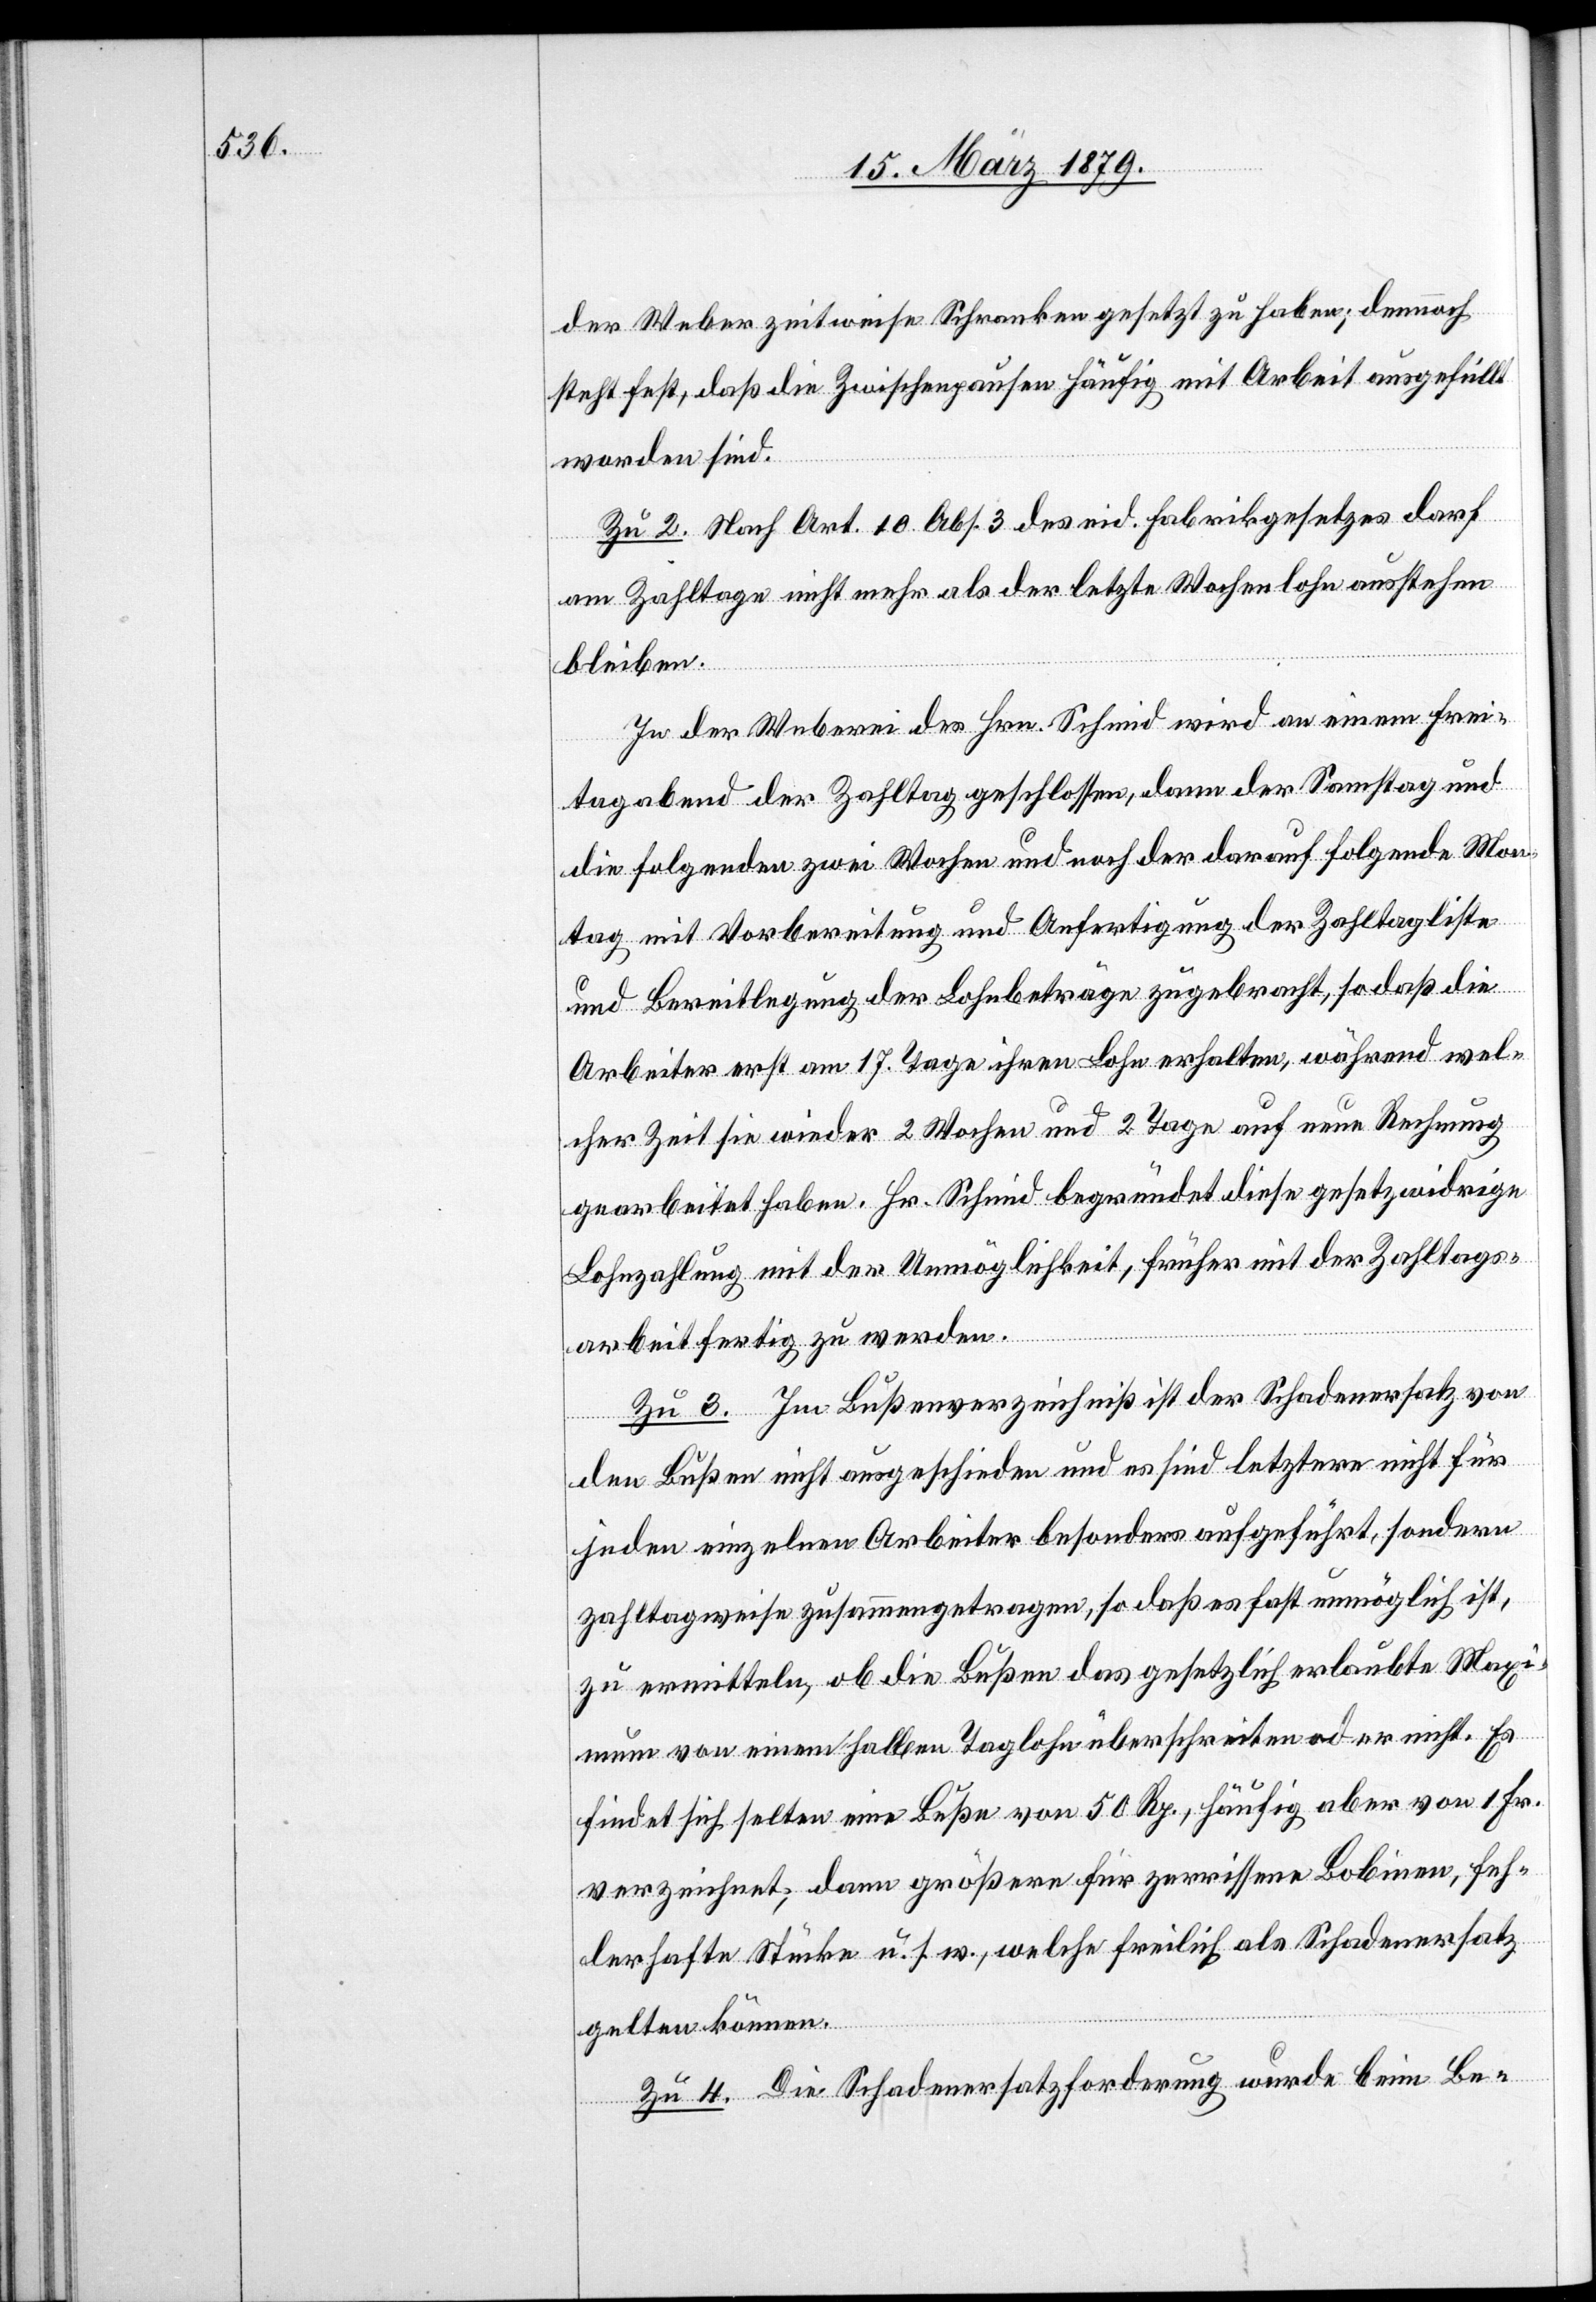
der Weber zeitweise Schranken gesetzt zu haben; dennoch
steht fest, daß die Zwischenpausen häufig mit Arbeit ausgefüllt
worden sind.
Zu 2. Nach Art. 10 Abs. 3 des eid. Fabrikgesetzes darf
am Zahltage nicht mehr als der letzte Wochenlohn ausstehen
bleiben.
In der Weberei des Hrn. Schmid wird an einem Frei¬
tagabend der Zahltag geschlossen, dann der Samstag und
die folgenden zwei Wochen und noch der darauf folgende Mon¬
tag mit Vorbereitung und Anfertigung der Zahltagliste
und Bereitlegung der Lohnbeträge zugebracht, so daß die
Arbeiter erst am 17. Tage ihren Lohn erhalten, während wel¬
cher Zeit sie wieder 2 Wochen und 2 Tage auf neue Rechnung
gearbeitet haben. Hr. Schmid begründet diese gesetzwidrige
Lohnzahlung mit der Unmöglichkeit, früher mit der Zahltags¬
arbeit fertig zu werden.
Zu 3. Im Bußenverzeichnis ist der Schadenersatz von
den Bußen nicht ausgeschieden und es sind letztere nicht für
jeden einzelnen Arbeiter besonders aufgeführt, sondern
zahltagweise zusammengetragen, so daß es fast unmöglich ist,
zu ermitteln, ob die Bußen das gesetzlich erlaubte Maxi¬
mum von einem halben Taglohn überschreiten oder nicht. Es
findet sich selten eine Buße von 50 Rp., häufig aber von 1 Fr.
verzeichnet, dann größere für zerrissene Bobinen, feh¬
lerhafte Stücke u. s. w., welche freilich als Schadenersatz
gelten können.
Zu 4. Die Schadenersatzforderung wurde beim Be-